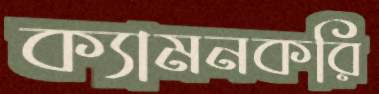
ক্যামনকরি